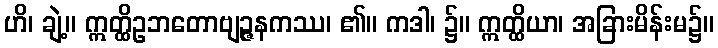
ဟိ၊ ချဲ့။ ဣတ္ထိဥဘတောဗျဉ္ဇနကဿ၊ ၏။ ကဒါ၊ ၌။ ဣတ္ထိယာ၊ အခြားမိန်းမ၌။